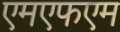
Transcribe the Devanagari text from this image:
एमएफएम